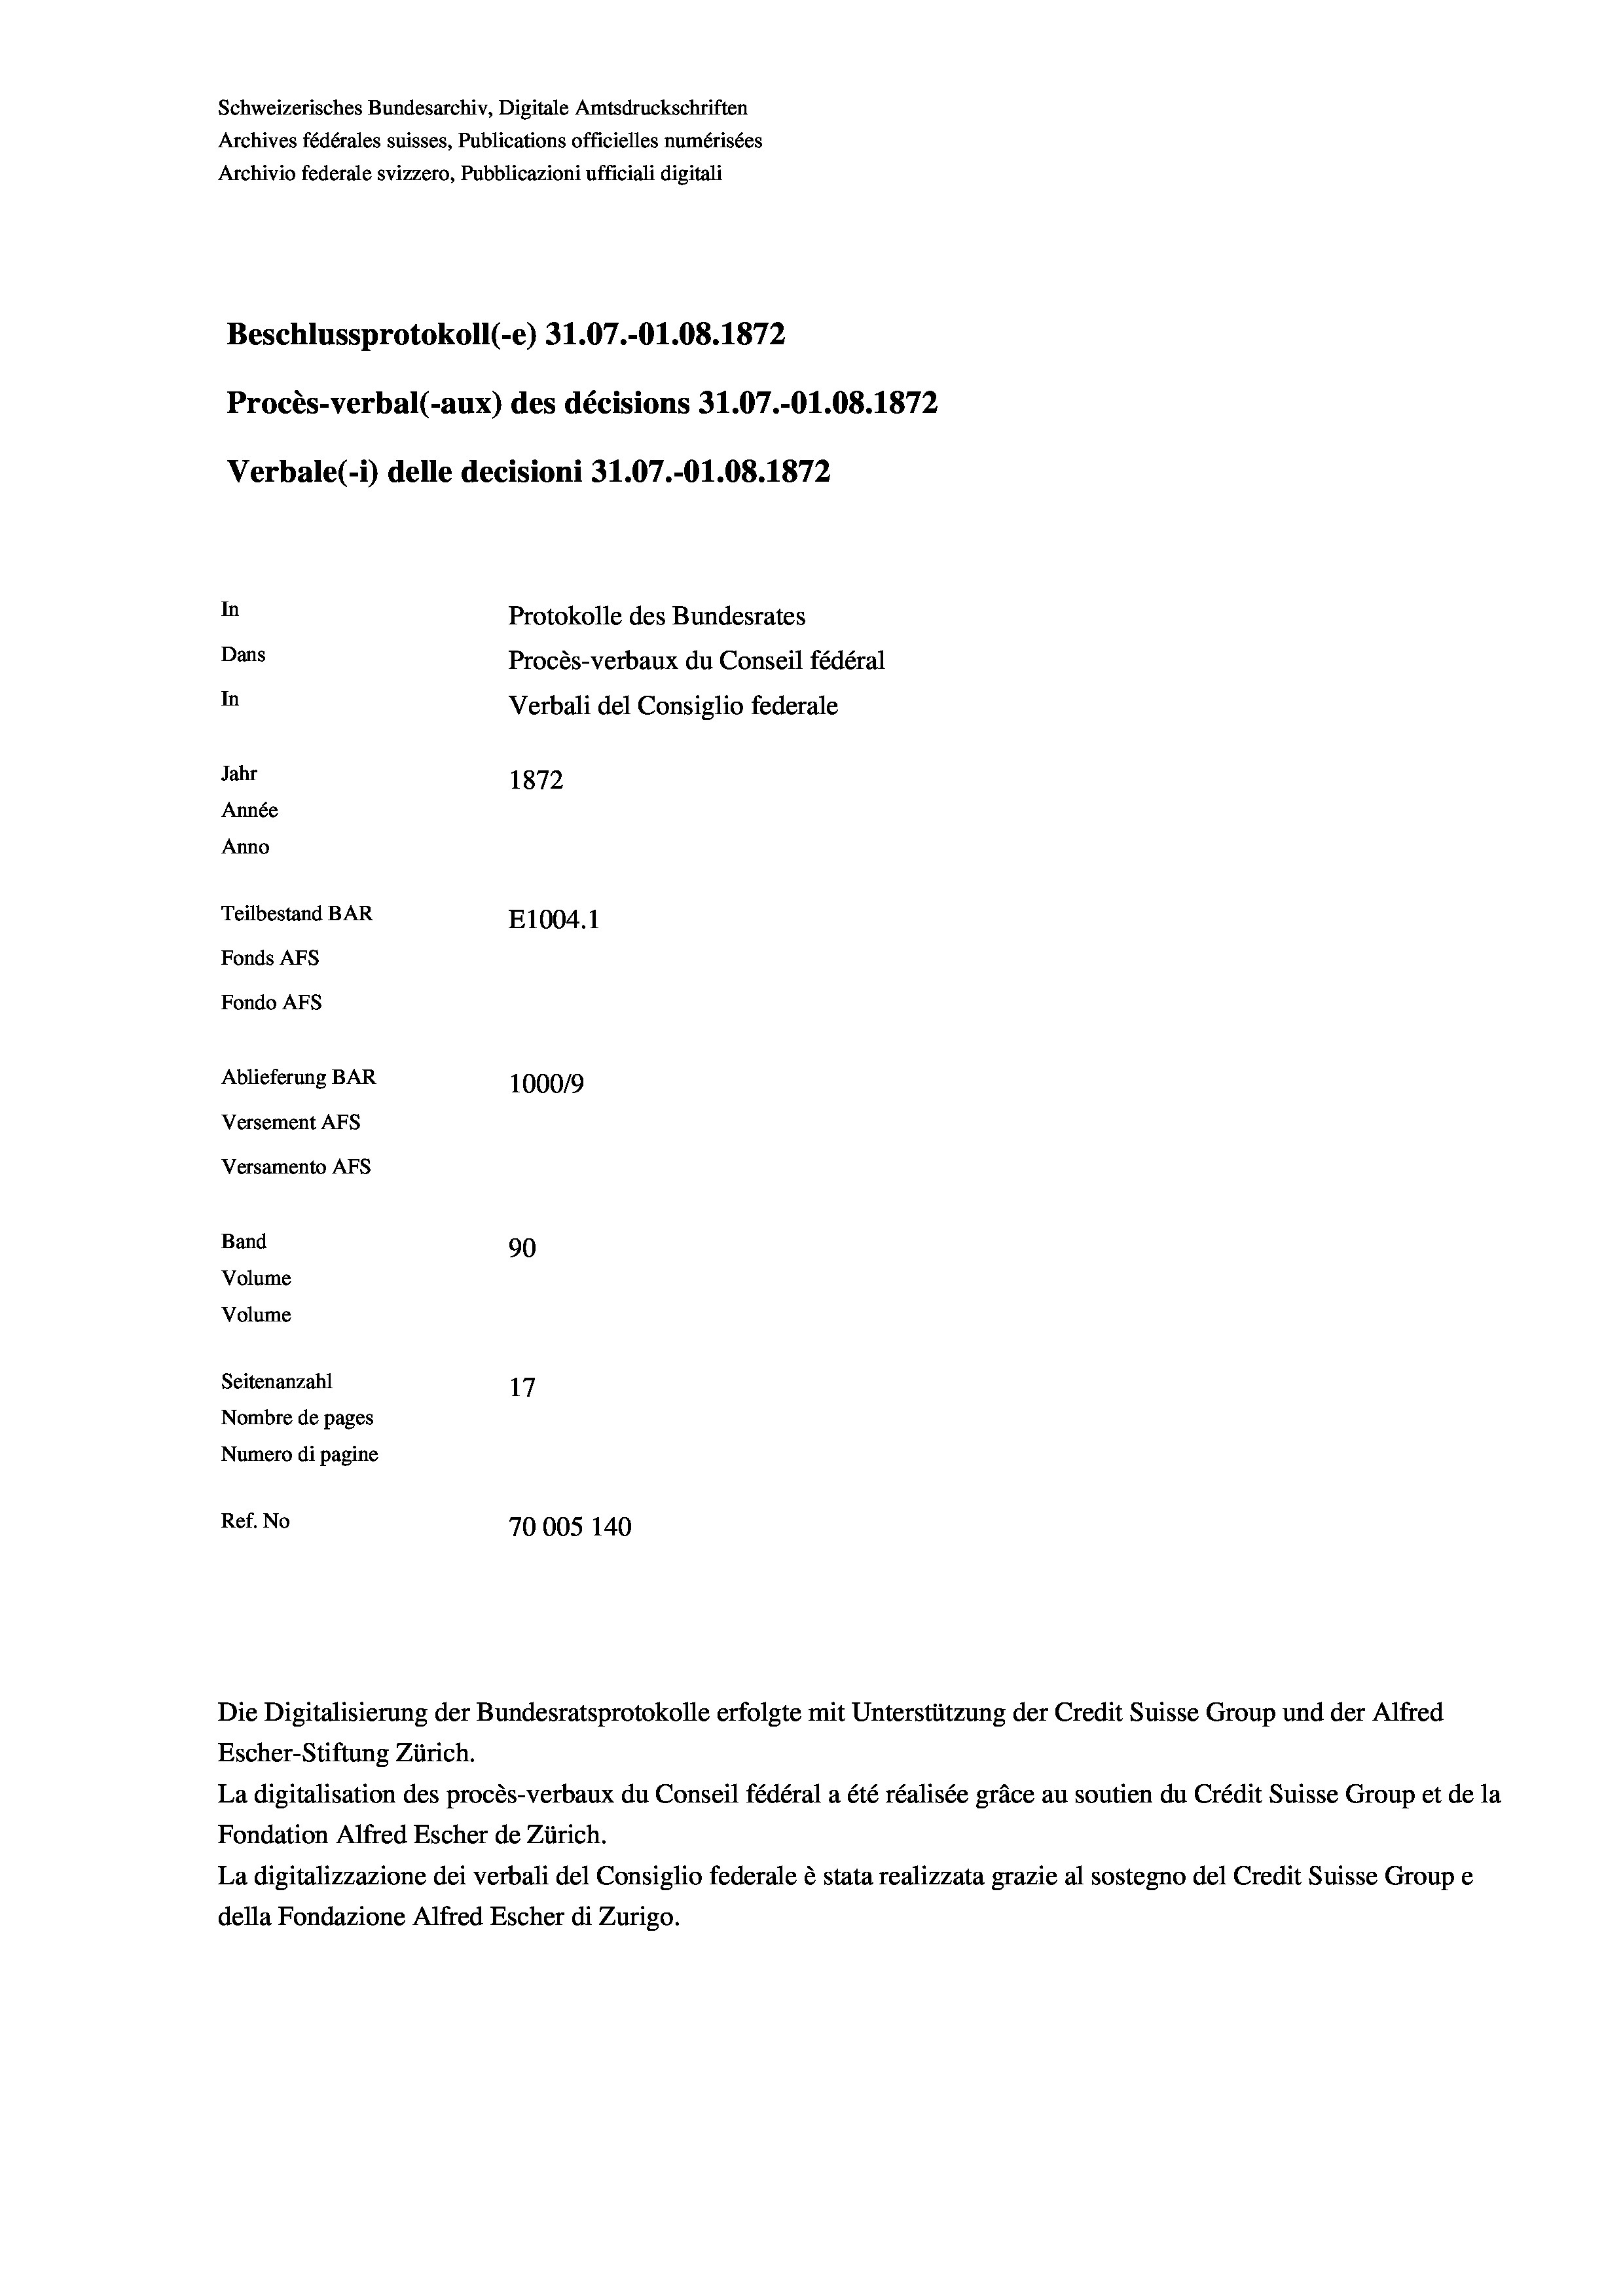
Beschlussprotokoll (-e) 31.07.-01.08. 1872
Procès-verbal (-aux) des décisions 31.07.-O1.08. 1872
In
Protokolle des Bundesrates
Dans
Procès-verbaux du Conseil fédéral
In
Verbali del Consiglio federale
Jahr
1872
Année
Anno
Teilbestand BAR
E1004. 1
Fonds AFs
Fondo Afs

Ablieferung BAR
Versement AFs
Versamento AFs
Band
Volume
Volume
Seitenanzahl

100019
90
17
Nombre de pages
Numero di pagine
Ref. No
70005 140

Schweizerisches Bundesarchiv, Digitale Amtsdruckschriften
Archives fédérales suisses, Publications officielles numérisées
Archivio federale svizzero, Pubblicazioni ufficiali digitali

Verbale (- 1) delle decisioni 31.07.-O1.08. 1872

Escher-Stiftung Zürich.
La digitalisation des procès-verbaux du Conseil fédéral a été réalisée gräce au soutien du Crédit Suisse Group et de la
Fondation Alfred Escher de Zürich.
La digitalizzazione dei verbali del Consiglio federale è stata realizzata grazie al sostegno del Credit Suisse Groupe
della Fondazione Alfred Escher di Zurigo.

Die Digitalisierung der Bundesratsprotokolle erfolgte mit Unterstützung der Credit Suisse Group und der Alfred